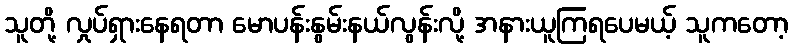
သူတို့ လှုပ်ရှားနေရတာ မောပန်းနွမ်းနယ်လွန်းလို့ အနားယူကြရပေမယ့် သူကတော့